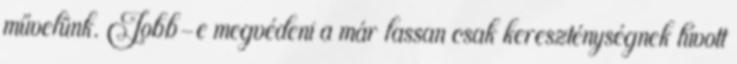
művelünk. Jobb-e megvédeni a már lassan csak kereszténységnek hívott